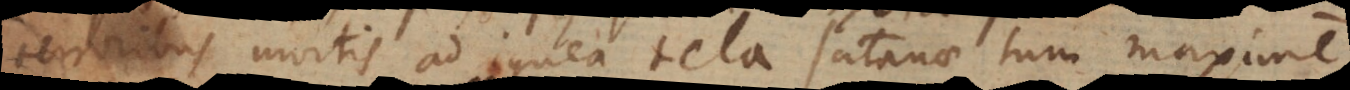
terroribus mortis ad ignea tela satanae tum maxime